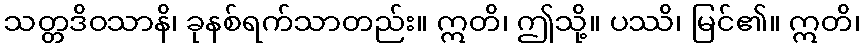
သတ္တဒိဝသာနိ၊ ခုနစ်ရက်သာတည်း။ ဣတိ၊ ဤသို့။ ပဿိ၊ မြင်၏။ ဣတိ၊